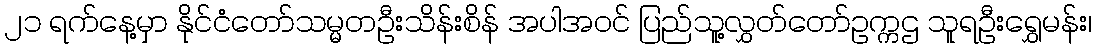
၂၁ ရက်နေ့မှာ နိုင်ငံတော်သမ္မတဦးသိန်းစိန် အပါအဝင် ပြည်သူ့လွှတ်တော်ဥက္ကဌ သူရဦးရွှေမန်း၊